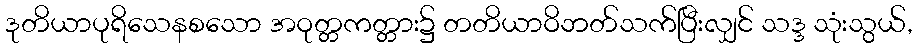
ဒုတိယာပုရိသေနစသော အဝုတ္တကတ္တား၌ တတိယာဝိဘတ်သက်ပြီးလျှင် သဒ္ဒ သုံးသွယ်,